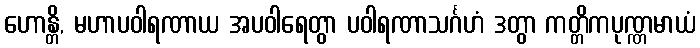
ဟောန္တိ, မဟာပဝါရဏာယ အပဝါရေတွာ ပဝါရဏာသင်္ဂဟံ ဒတွာ ကတ္တိကပုဏ္ဏမာယံ